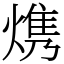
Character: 㷪